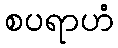
စပရာဟံ